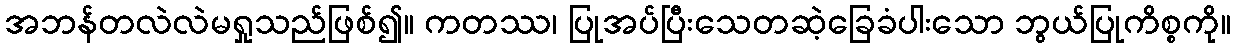
အဘန်တလဲလဲမရှုသည်ဖြစ်၍။ ကတဿ၊ ပြုအပ်ပြီးသေတဆဲ့ခြေခံပါးသော ဘွယ်ပြုကိစ္စကို။